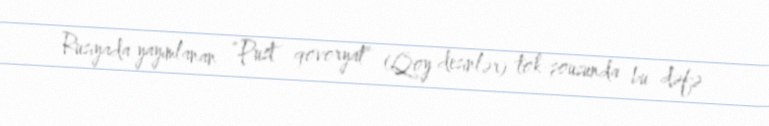
Rusiyada yayımlanan “Pust qovoryat” (Qoy desinlər) tok-şousunda bu dəfə